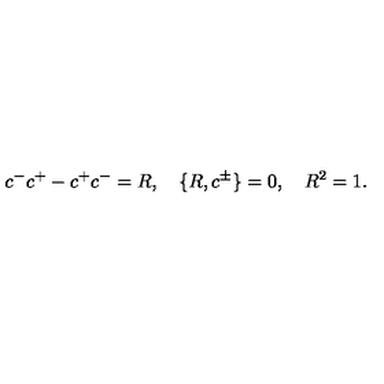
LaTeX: c ^ { - } c ^ { + } - c ^ { + } c ^ { - } = R , \quad \{ R , c ^ { \pm } \} = 0 , \quad R ^ { 2 } = 1 .